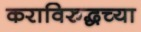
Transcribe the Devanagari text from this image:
कराविरुद्धच्या